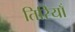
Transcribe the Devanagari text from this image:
तिरियाँ